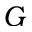
G